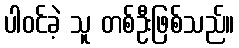
ပါဝင်ခဲ့ သူ တစ်ဦးဖြစ်သည်။